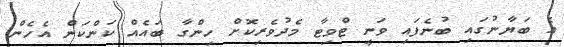
އެ ބަޔާނުގައި ބުނެފައި ވަނީ ޓްވިޓާ މެދުވެރިކޮށް ހިންގާ ބައެއް ކަންކަން އެހެން